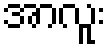
အာလူး